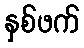
နှစ်ဖက်